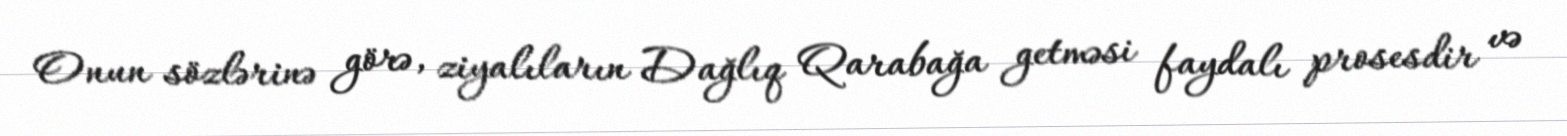
Onun sözlərinə görə, ziyalıların Dağlıq Qarabağa getməsi faydalı prosesdir və